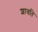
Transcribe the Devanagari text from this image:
शावति